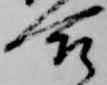
合